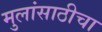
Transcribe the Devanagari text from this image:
मुलांसाठीचा